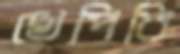
খেপিবি